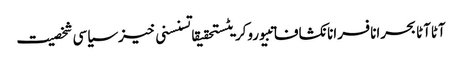
آٹاآٹا بحرانافسرانانکشافاتبیوروکریٹستحقیقاتسنسنی خیزسیاسی شخصیت